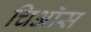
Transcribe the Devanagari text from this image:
चिऑस